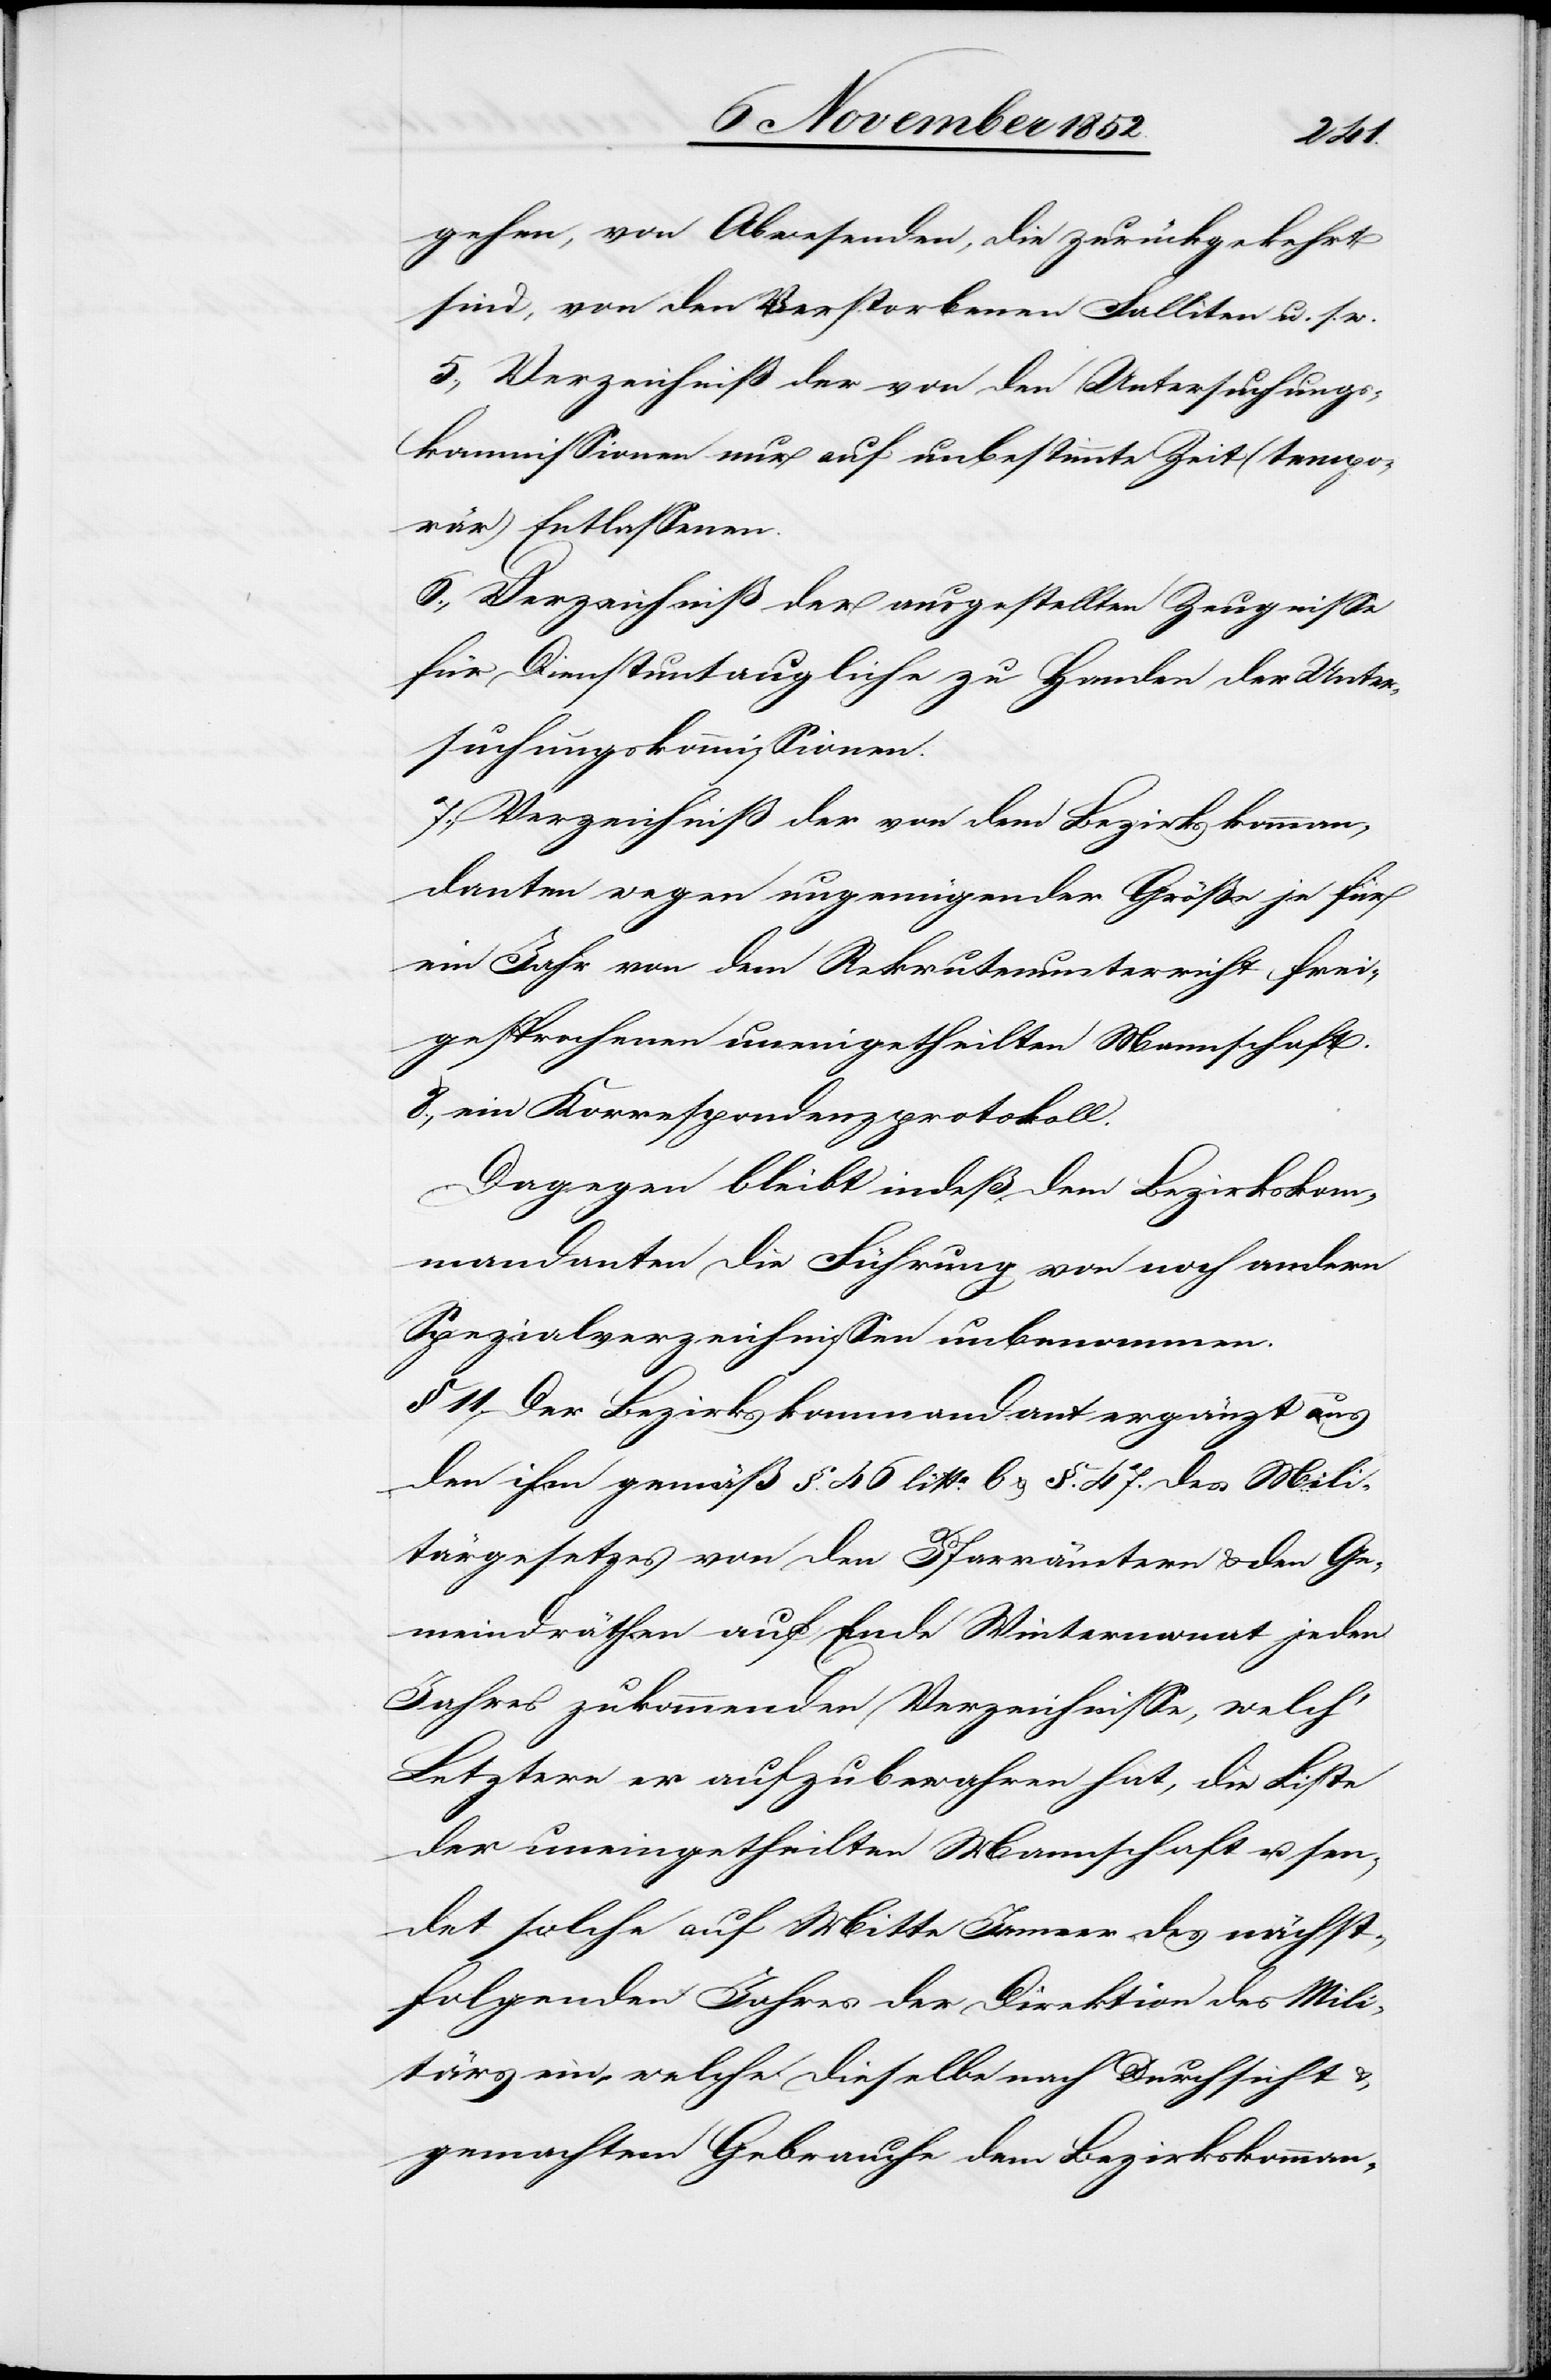
gehen, von Abwesenden, die zurückgekehrt
sind, von den Verstorbenen[,] Falliten u. s.
5., Verzeichniß der von den Untersuchungs¬
kommissionen nur auf unbestimmte Zeit (tempo¬
rär) Entlassenen.
6., Verzeichniß der ausgestellten Zeugnisse
für Dienstuntaugliche zu Handen der Unter¬
suchungskommissionen.
Verzeichniß der von dem Bezirkskomman¬
danten wegen ungenügender Größe je für
ein Jahr von dem Rekrutenunterricht frei¬
gesprochenen uneingetheilten Mannschaft.
8., ein Korrespondenzprotokoll.
Dagegen bleibt indeß dem Bezirkskom¬
mandanten die Führung von noch andern
Spezialverzeichnissen unbenommen.
§ 11. Der Bezirkskommandant ergänzt aus
den ihm gemäß §. 46 litta. b & §. 47. des Mili¬
tärgesetzes von den Pfarrämtern & den Ge¬
meindräthen auf Ende Wintermonat jeden
Jahres zukommenden Verzeichnisse[n], welch‘
Letztere er aufzubewahren hat, die Liste
der uneingetheilten Mannschaft u. sen¬
det solche auf Mitte Jenner des nächst¬
folgenden Jahres der Direktion des Mili¬
tärs ein, welche dieselbe nach Durchsicht &
gemachtem Gebrauche dem Bezirkskomman-